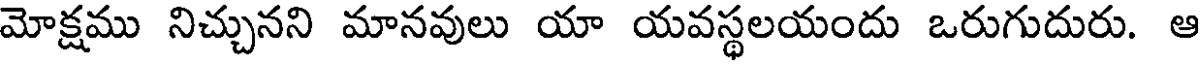
మోక్షము నిచ్చునని మానవులు యా యవస్థలయందు ఒరుగుదురు. ఆ